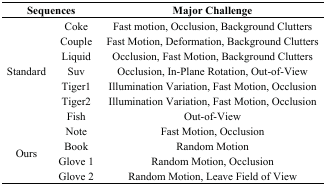
| <COLSPAN=2> Sequences | Major Challenge |
 | --- | --- | --- |
 | <ROWSPAN=7> Standard | Coke | Fast motion, Occlusion, Background Clutters |
 | Couple | Fast Motion, Deformation, Background Clutters |
 | Liquid | Occlusion, Fast Motion, Background Clutters |
 | Suv | Occlusion, In-Plane Rotation, Out-of-View |
 | Tiger1 | Illumination Variation, Fast Motion, Occlusion |
 | Tiger2 | Illumination Variation, Fast Motion, Occlusion |
 | Fish | Out-of-View |
 | <ROWSPAN=4> Ours | Note | Fast Motion, Occlusion |
 | Book | Random Motion |
 | Glove 1 | Random Motion, Occlusion |
 | Glove 2 | Random Motion, Leave Field of View |